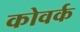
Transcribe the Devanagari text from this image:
कोवर्क